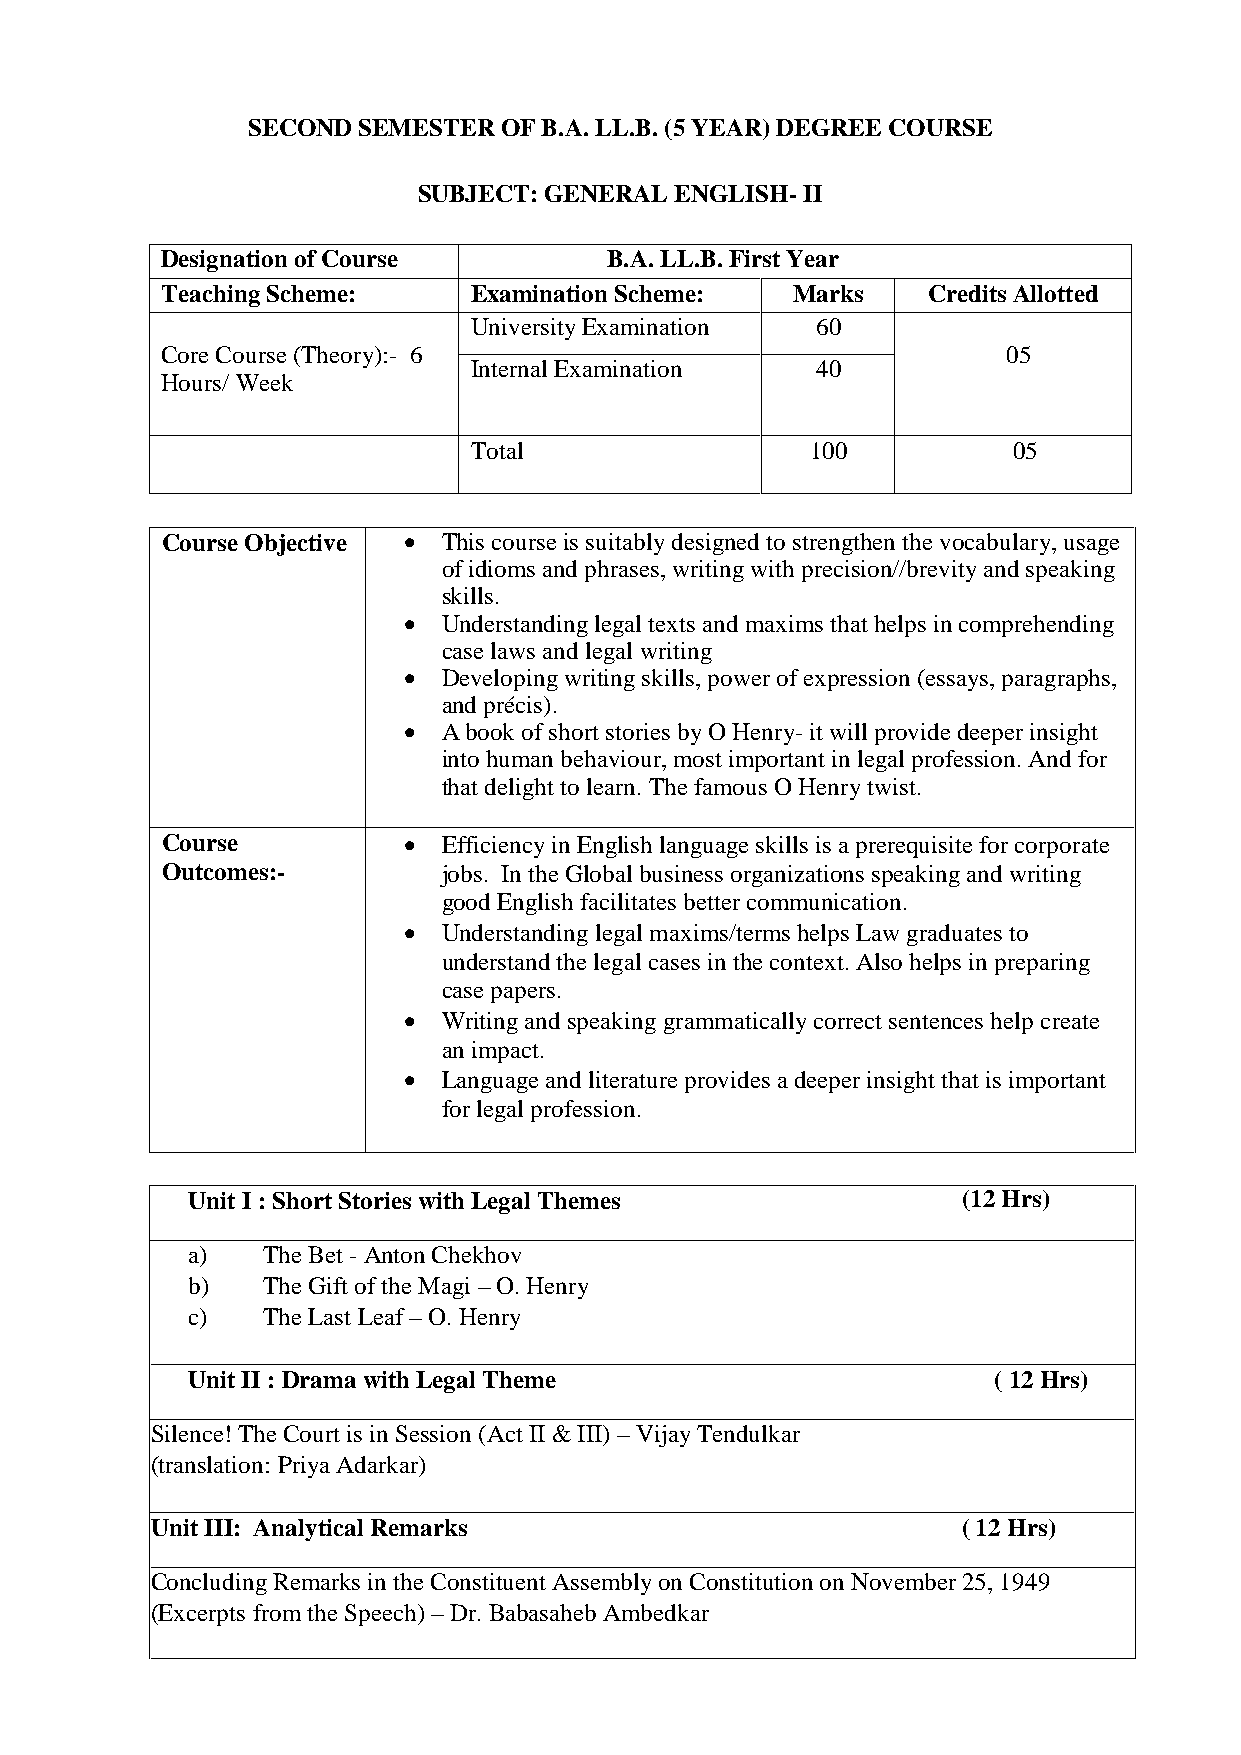
SECOND  SEMESTER OF B.A. LL.B. (5 YEAR) DEGREE COURSE
 SUBJECT: GENERAL ENGLISH-II
 Designation of Course        B.A. LL.B. First Year
 TeachingScheme:     ExaminationScheme:   Marks    CreditsAllotted
 UniversityExamination  60
 Core Course (Theory):- 6                                05
 InternalExamination    40
 Hours/ Week
 Total                  100          05
 CourseObjective  This course is suitably designed to strengthen the vocabulary, usage
 of idioms and phrases, writing with precision//brevity and speaking
 skills.
  Understanding legal texts and maxims that helps in comprehending
 case laws and legal writing
  Developing writing skills, power of expression (essays, paragraphs,
 and précis).
  A book of short stories by O Henry-it will provide deeper insight
 into human behaviour, most important in legal profession. And for
 that delight to learn. The famous O Henry twist.
 Course           Efficiency in English language skills is a prerequisite for corporate
 Outcomes:-        jobs. In the Global business organizations speaking and writing
 good English facilitates better communication.
  Understanding legal maxims/terms helps Law graduates to
 understand the legal cases in the context. Also helps in preparing
 case papers.
  Writing and speaking grammatically correct sentences help create
 an impact.
  Language and literature provides a deeper insight that is important
 for legal profession.
 Unit I :Short Stories with Legal Themes             (12Hrs)
 a)   The Bet -Anton Chekhov
 b)   The Gift of the Magi –O. Henry
 c)   The Last Leaf –O. Henry
 Unit II :Drama with Legal Theme                       (12Hrs)
 Silence! The Court is in Session (Act II & III) – Vijay Tendulkar
 (translation: Priya Adarkar)
 Unit III: Analytical Remarks                          ( 12 Hrs)
 Concluding Remarks in the Constituent Assembly on Constitution on November 25, 1949
 (Excerpts from the Speech) –Dr. Babasaheb Ambedkar